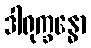
ဒါရုက္ခန္ဓော